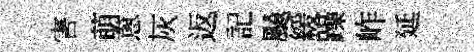
害萌蔥灰返記飇緩躁岞延